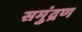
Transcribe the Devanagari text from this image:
समुंद्रण